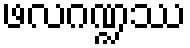
ဖလဂဏ္ဍဿ